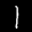
Label: 1